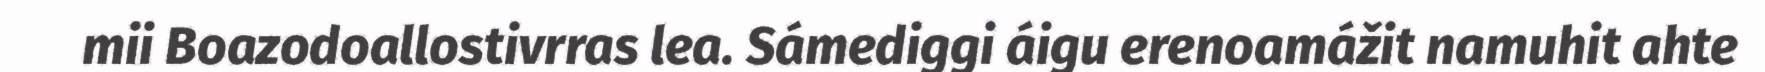
mii Boazodoallostivrras lea. Sámediggi áigu erenoamážit namuhit ahte